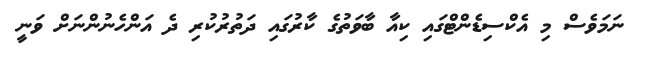
ނަމަވެސް މި އެކްސިޑެންޓްގައި ކިއާ ބާވަތުގެ ކާރުގައި ދަތުރުކުރި ދެ އަންހެނުންނަށް ވަނީ